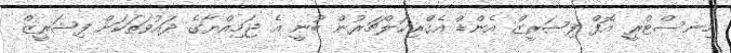
މިނސްޓްރީ އޮފް ފިޝަރީޒް އެންޑް އެގްރިކަލްޗަރުން ބުނީ އެ ޖަމިއްޔާގެ ދައުވަތަކަށް ފިޝަރީޒް